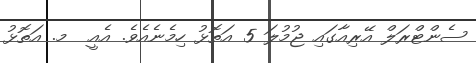
ސެންޓްރަލް އޭރިއާގައި ޖުމުލަ 5 އަތޮޅު ހިމެނެއެވެ. އެއީ  މ. އަތޮޅު